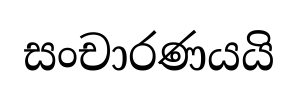
සංචාරණයයි